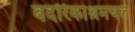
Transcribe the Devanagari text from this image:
बदरिकाश्रमचले